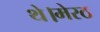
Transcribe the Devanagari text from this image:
थे।मेरठ